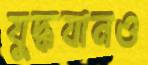
যুদ্ধযানও